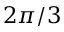
2 \pi / 3